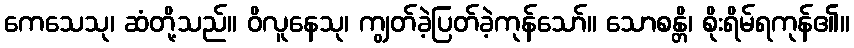
ကေသေသု၊ ဆံတို့သည်။ ဝိလူနေသု၊ ကျွတ်ခဲ့ပြတ်ခဲ့ကုန်သော်။ သောစန္တိ၊ စိုးရိမ်ရကုန်၏။